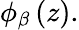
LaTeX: \phi_{\beta}\left(z\right).